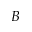
B